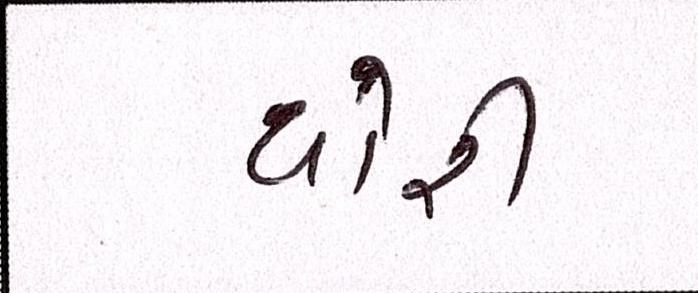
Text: થોરી